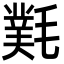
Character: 㲫